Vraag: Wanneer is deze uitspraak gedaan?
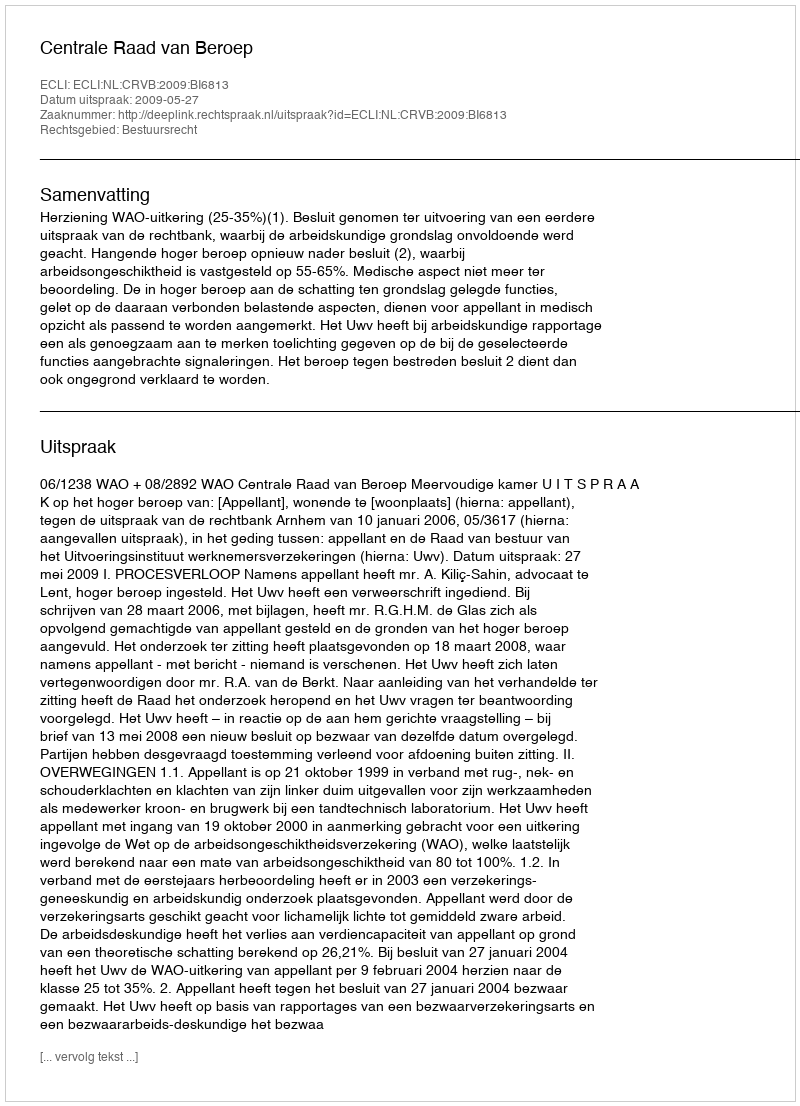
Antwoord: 2009-05-27